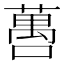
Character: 𬞒